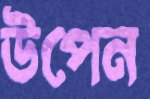
উপেন